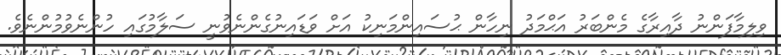
ވިލިމާފަންނު ދާއިރާގެ މެންބަރު އަޙްމަދު ނިހާން ޙުސައިންމަނިކު އަށް ވަޑައިނުގެންނެވުނީ ސަލާމުގައި ހުންނެވުމުންނެވެ.